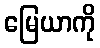
မြေယာကို